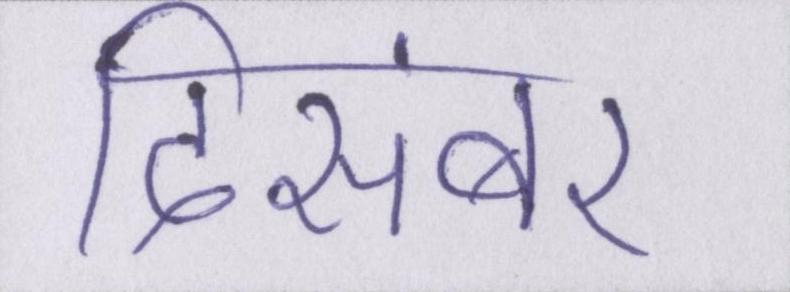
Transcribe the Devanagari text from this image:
दिसंबर